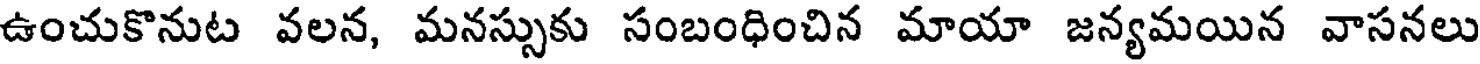
ఉంచుకొనుట వలన, మనస్సుకు సంబంధించిన మాయా జన్యమయిన వాసనలు